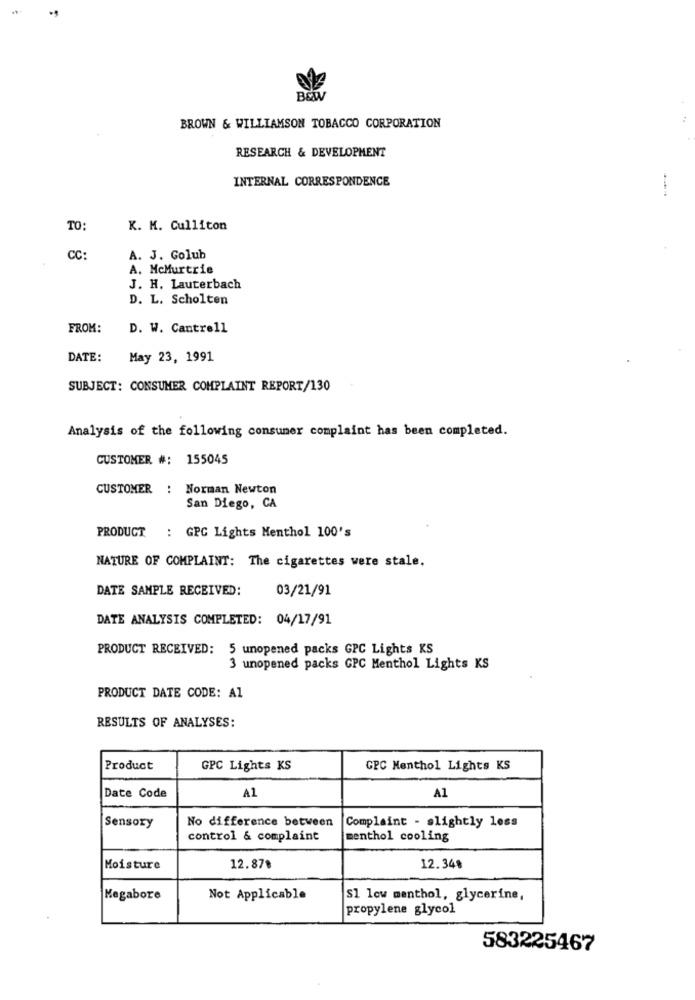
B&WV
BROWN & WILLIAMSON TOBACCO CORPORATION
RESEARCH & DEVELOPMENT
INTERNAL CORRESPONDENCE
TO:
K. M. Culliton
CC:
A. J. Golub
A. McMurtrie
J. H. Lauterbach
D. L. Scholten
FROM:
D. W. Cantrell
DATE:
May 23, 1991
SUBJECT: CONSUMER COMPLAINT REPORT/130
Analysis of the following consumer complaint has been completed.
CUSTOMER #: 155045
CUSTOMER : Norman Newton
San Diego, CA
PRODUCT : GPC Lights Menthol 100's
NATURE OF COMPLAINT: The cigarettes were stale.
DATE SAMPLE RECEIVED:
03/21/91
DATE ANALYSIS COMPLETED: 04/17/91
PRODUCT RECEIVED: 5 unopened packs GPC Lights KS
3 unopened packs GPC Menthol Lights KS
PRODUCT DATE CODE: Al
RESULTS OF ANALYSES:
Product
GPC Lights KS
GPC Menthol Lights KS
Date Code
A1
A1
No difference between
Complaint - slightly less
Sensory
control & complaint
menthol cooling
Moisture
12.87º
12.348
Megabore
Not Applicable
Sl low menthol, glycerine,
propylene glycol
583225467